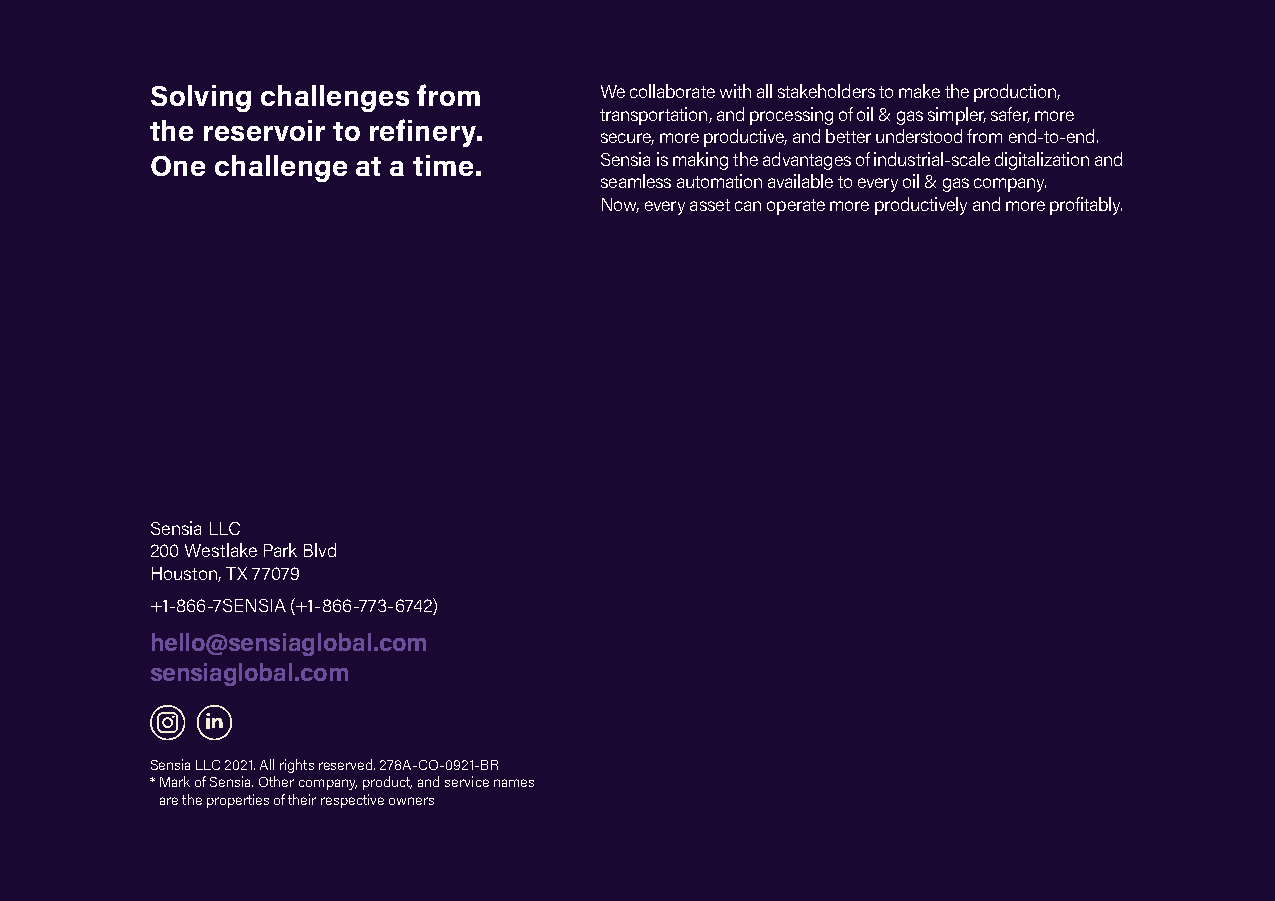
Solving challenges from       We collaborate with all stakeholders to make the production,
 transportation, and processing of oil & gas simpler, safer, more
 the reservoir to refinery.
 secure, more productive, and better understood from end-to-end.
 One challenge at a time.      Sensia is making the advantages of industrial-scale digitalization and
 seamless automation available to every oil & gas company.
 Now, every asset can operate more productively and more profitably.
 Sensia LLC
 200 Westlake Park Blvd
 Houston, TX 77079
 +1-866-7SENSIA (+1-866-773-6742)
 hello@sensiaglobal.com
 sensiaglobal.com
 Sensia LLC 2021. All rights reserved. 278A-CO-0921-BR
 * M ark of Sensia. Other company, product, and service names
 are the properties of their respective owners